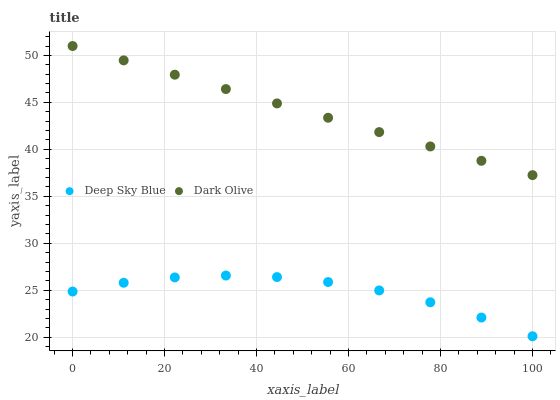
| xaxis_label | Deep Sky Blue | Dark Olive |
 | --- | --- | --- |
 | 0 | 24.9 | 51 |
 | 11.1 | 25.8 | 49.5 |
 | 22.2 | 26.4 | 47.9 |
 | 33.3 | 26.6 | 46.4 |
 | 44.4 | 26.4 | 44.9 |
 | 55.6 | 25.9 | 43.4 |
 | 66.7 | 25 | 41.8 |
 | 77.8 | 23.7 | 40.3 |
 | 88.9 | 22.1 | 38.8 |
 | 100 | 20.1 | 37.3 |